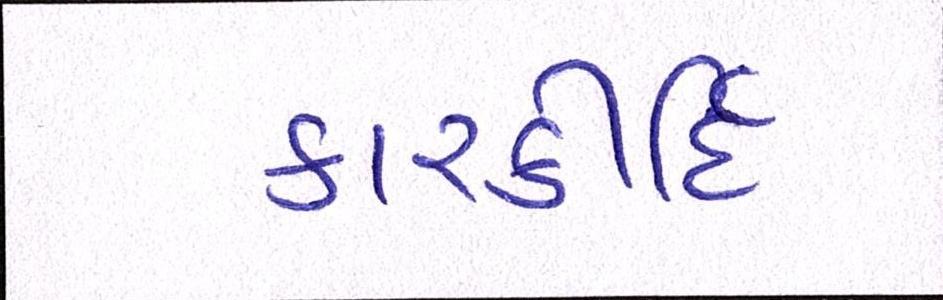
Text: કારકીર્દિ